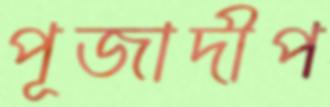
পূজাদীপ